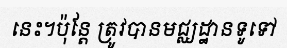
នេះ។ប៉ុន្តែ ត្រូវបានមជ្ឈដ្ឋានទូទៅ